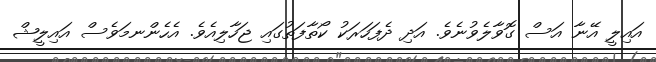
އައިލީ އޭނާ އަސް ގޮވާލެވުނެވެ. އަދި ދެފަހަރަކު ކޯތާފަތުގައި ޖަހާލިއެވެ. އެހެންނމަވެސް އައިލީޝް